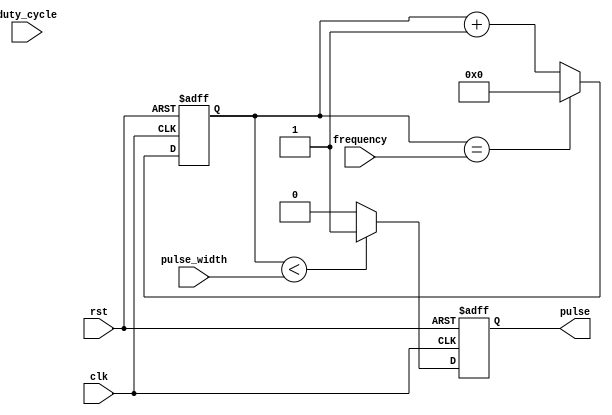
module pulse_generator (
    input clk, // external clock signal
    input rst, // reset signal
    input [7:0] pulse_width, // pulse width control
    input [7:0] duty_cycle, // duty cycle control
    input [15:0] frequency, // frequency control
    output reg pulse // output pulse signal
);

reg [15:0] counter;
reg [7:0] pulse_width_count;

always @(posedge clk or posedge rst) begin
    if (rst) begin
        counter <= 16'd0;
        pulse_width_count <= 8'd0;
        pulse <= 1'b0;
    end else begin
        counter <= counter + 1;
        
        if (counter == frequency) begin
            counter <= 16'd0;
        end
        
        if (counter < pulse_width) begin
            pulse <= 1'b1;
        end else begin
            pulse <= 1'b0;
        end
        
        if (pulse_width_count == duty_cycle) begin
            pulse_width_count <= 8'd0;
        end else begin
            pulse_width_count <= pulse_width_count + 1;
        end
    end
end

endmodule